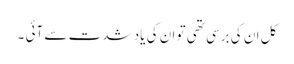
کل ان کی برسی تھی تو ان کی یاد شدت سے آئی ۔